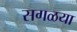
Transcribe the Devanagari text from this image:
सगळया